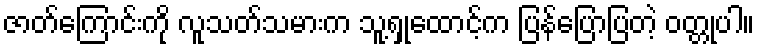
ဇာတ်ကြောင်းကို လူသတ်သမားက သူ့ရှုထောင့်က ပြန်ပြောပြတဲ့ ဝတ္တုပါ။